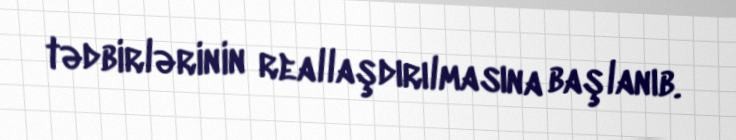
tədbirlərinin reallaşdırılmasına başlanıb.